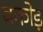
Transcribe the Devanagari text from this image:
वकोड़